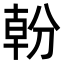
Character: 𭃿